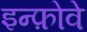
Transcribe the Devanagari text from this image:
इन्फ़ोवे